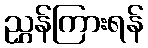
ညွှန်ကြားရန်